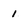
Character: 1